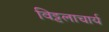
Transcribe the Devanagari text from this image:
विट्टलाचार्य